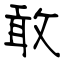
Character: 敢